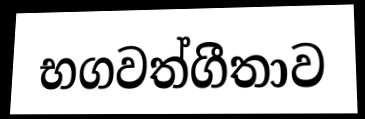
භගවත්ගීතාව